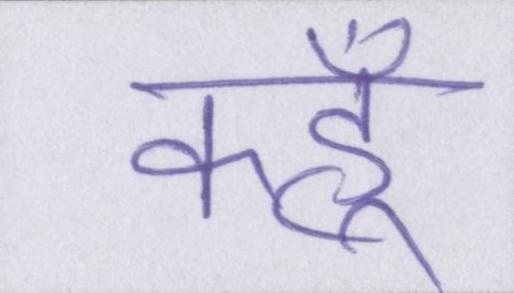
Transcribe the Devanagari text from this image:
कहूँ